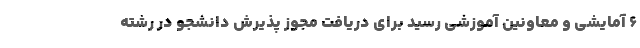
۶ آمایشی و معاونین آموزشی رسید برای دریافت مجوز پذیرش دانشجو در رشته